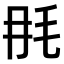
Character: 𣬭